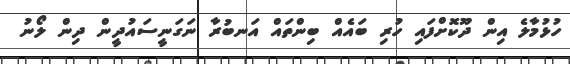
ހުޅުމާލެ އިން ދޫކޮށްފައި ހުރި ބައެއް ބިންތައް އަނބުރާ ނަގަނީސައުދީން ދިން ލޯނު